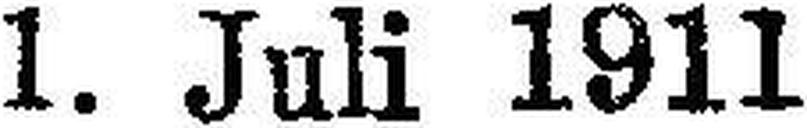
1. Juli 1911